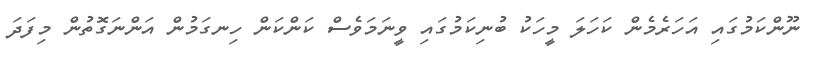
ނޫންކަމުގައި އަހަރެމެން ކަހަލަ މީހަކު ބުނިކަމުގައި ވީނަމަވެސް ކަންކަން ހިނގަމުން އަންނަގޮތުން މިފަދަ